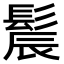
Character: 𫘾